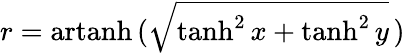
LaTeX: r=\operatorname{artanh}\, ({\sqrt{\operatorname{tanh}^{2}x+\operatorname{tanh}^{2}y}}\, )